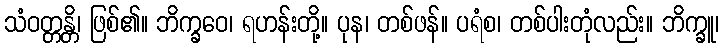
သံဝတ္တန္တိ၊ ဖြစ်၏။ ဘိက္ခဝေ၊ ရဟန်းတို့။ ပုန၊ တစ်ဖန်။ ပရံစ၊ တစ်ပါးတုံလည်း။ ဘိက္ခူ၊